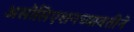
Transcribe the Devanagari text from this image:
असोसिएशनच्यावतीने